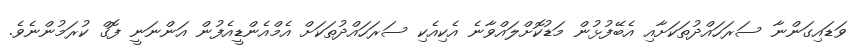
ވަޑައިގަންނާ ސަރަހައްދުތަކަށާއި އެބޭފުޅުން މަޑުކޮށްލައްވާނެ އެކިއެކި ސަރަހައްދުތަކަށް އެމްއެންޑީއެފުން އަންނަނީ ފޮގް ކުރަމުންނެވެ.